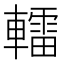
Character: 𨎿